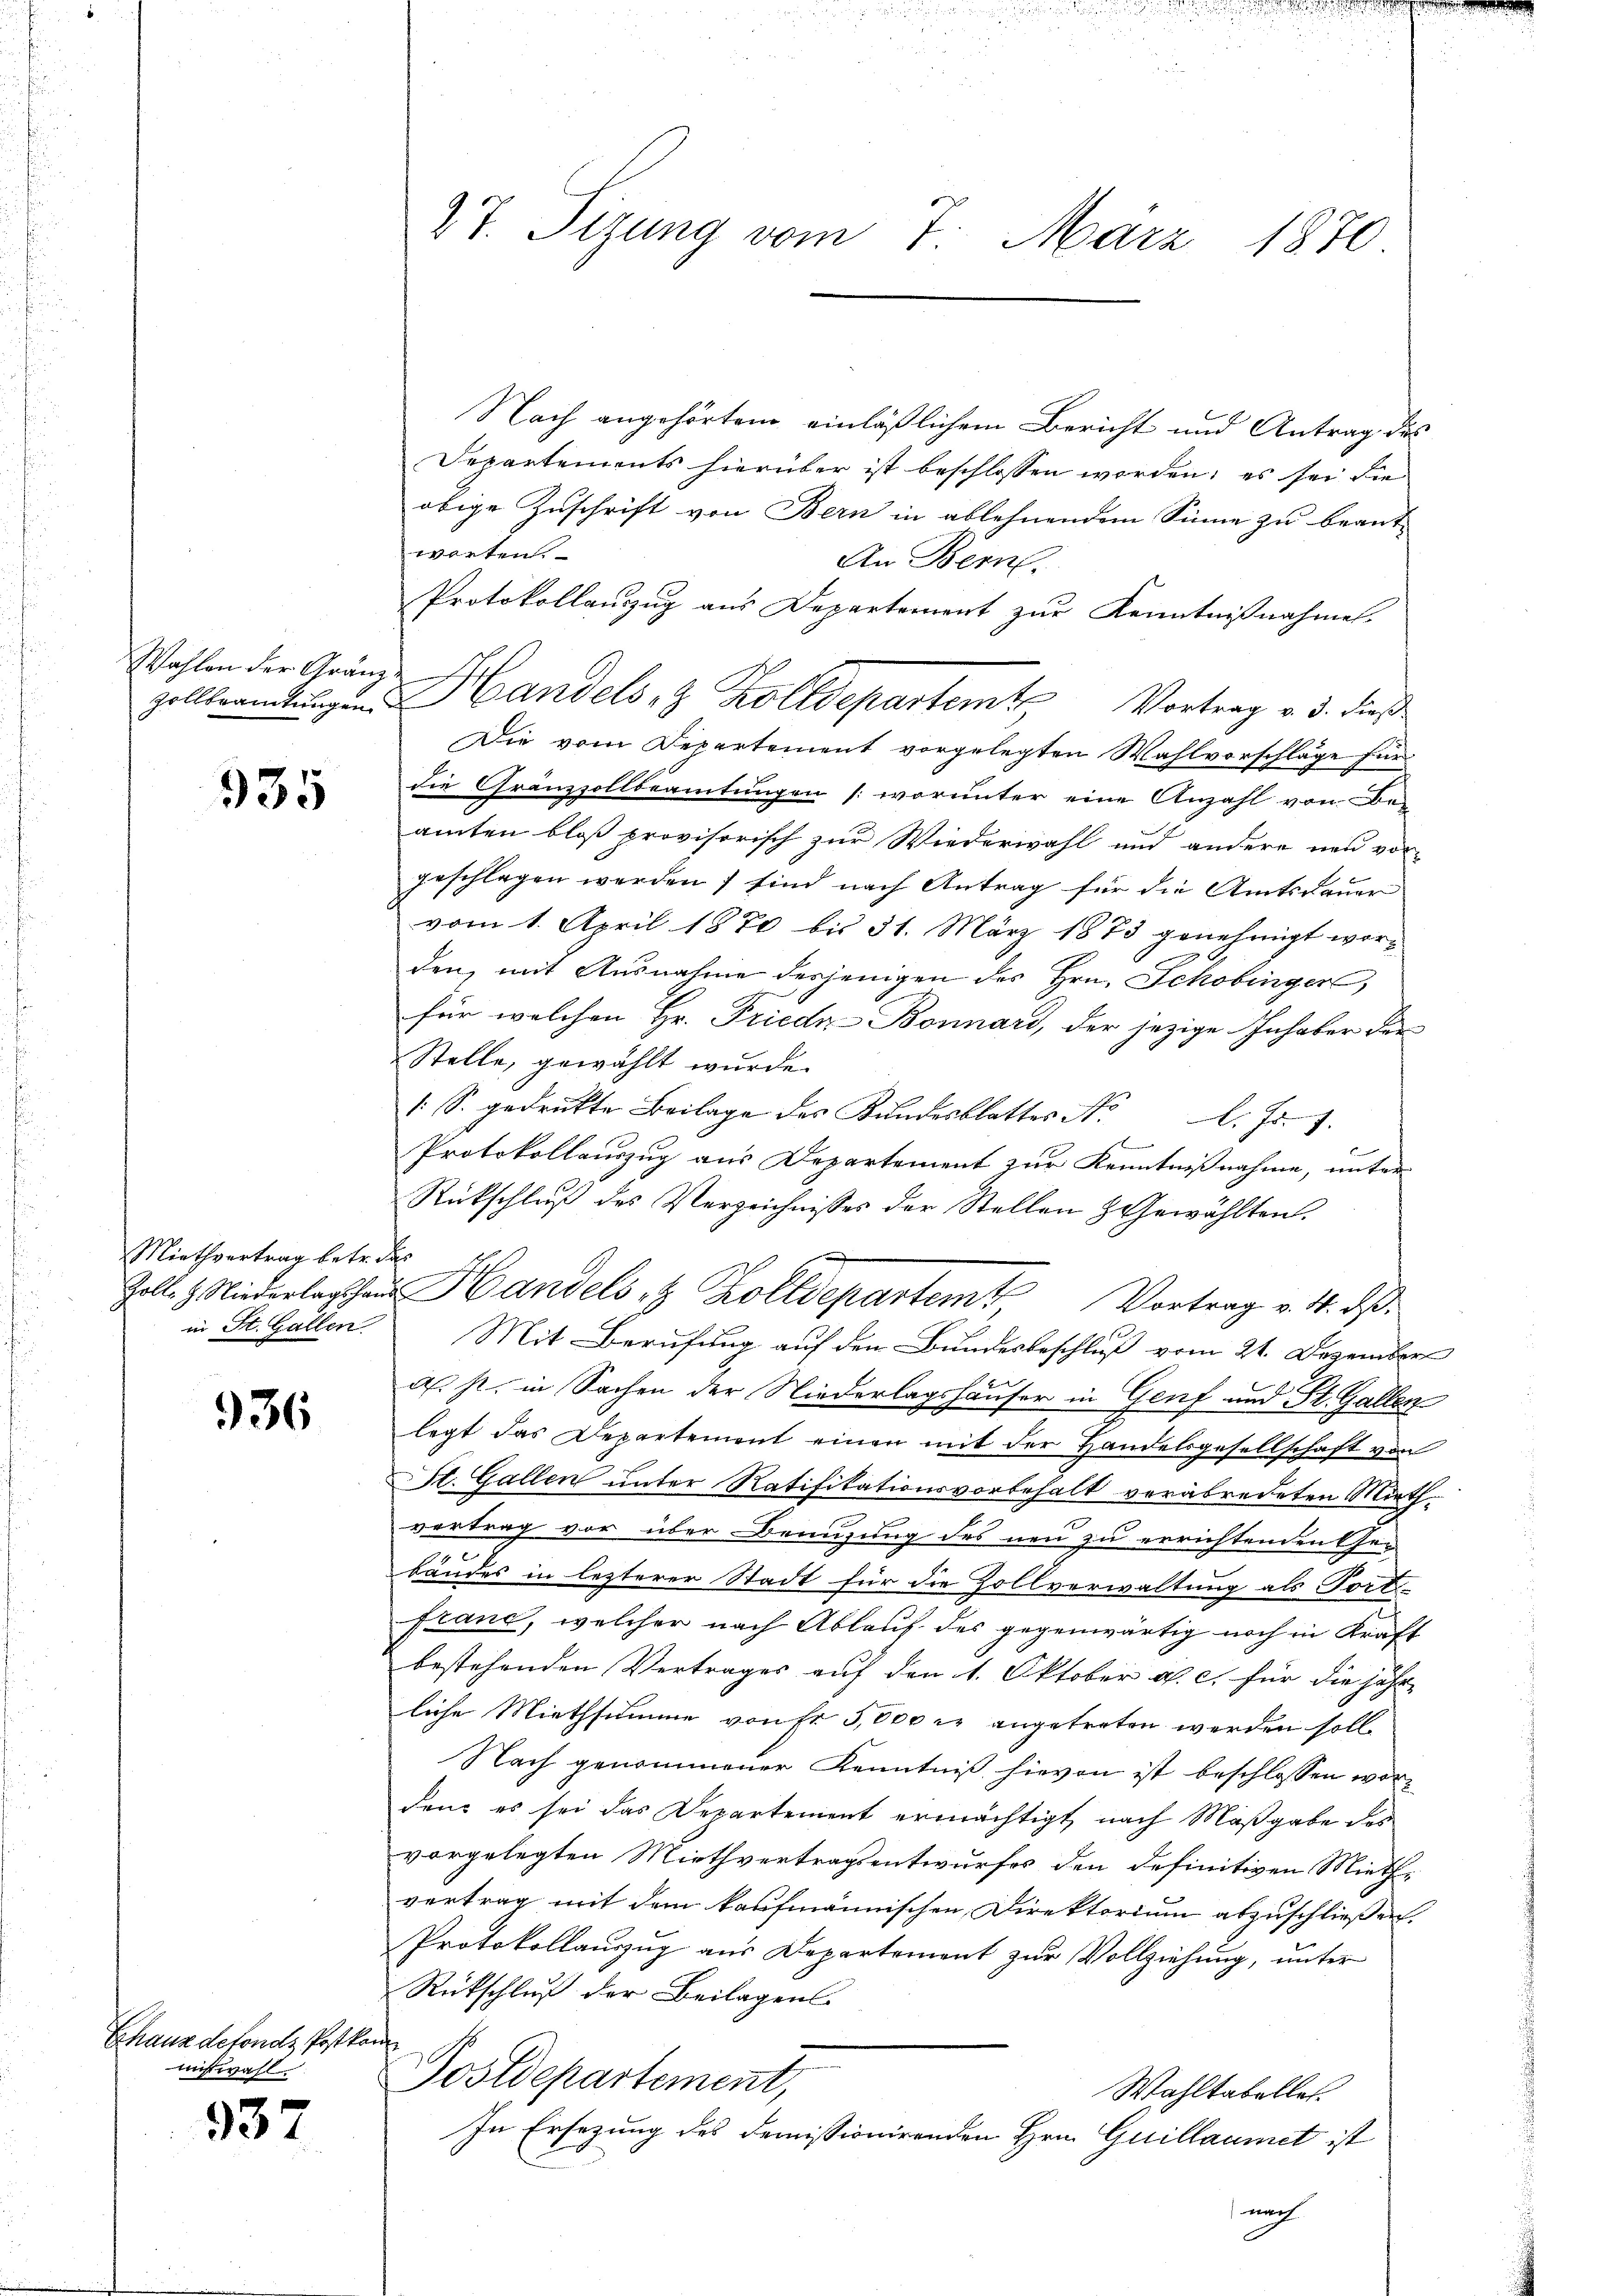
Wahlen der Gränzu

335

Miethvertrag betr. das

936

Chaus defonds Postkom
miswahl

337

Nach angehörtem einläßlichem Bericht und Antrag des
Departements hierüber ist beschlossen worden; es sei die
obige Zuschrift von Bern in ablehnendem Sinne zu beant-
worten.
An Beme
Protokollauszug aus Departement zur Kenntnißnahmen.
Die vom Departement vorgelegten Wahlvorschläge für
die Gränzzollbeamtungen (worunter eine Anzahl von Be-
amten bloß provisorisch zur Wiederwahl und andere neu vor-
geschlagen werden, sind nach Antrag für die Amtsdauer
vom 1. April 1870 bis 31. März 1873 genehmigt worden, mit Ausnahme desjenigen des Hrn. Schobinger,
für welchen Hr. Friedr-Bonnard, der jezige Inhaber der
Stelle, gewählt wurde.
/S. gedrukte Beilage des Kŭndesblattes Nr. l. Js. f.
Protokollauszug aus Departement zur Kenntnißnahme, unter
Rückschluß des Verzeichnisses der Stellen & Gewählten.
n
Zoll & Niederlagshaus Handels 8 Zolldepartemt Vortrag v. 4. ds.
in St. Gallen. Mit Berufung auf den Bundesbeschluß vom 21. Dezember
d. s. in Sachen der Niederlagshäuser in Genf und St. Gallen
legt das Departement einen mit der Handelsgesellschaft von
Sl. Gallen unter Ratifikationsvorbehalt verabredeten Miethvertrag vor über Benuzung des neu zu errichtenden Gebändes in lezterer Stadt für die Zollverwaltung als Fort-
franc, welcher nach Ablauf des gegenwärtig noch in Kraft
bestehenden Vertrages auf den 1. Oktober a. c. für die jähr
liche Miethsumme von fr 5,000 c. angetreten werden soll¬
Nach genommener Kenntniß hievon ist beschlossen worden, es sei das Departement ermächtigt nach Maßgabe des
vorgelegten Miethvertragsentwurfes den definitiven Miethvertrag mit dem kaufmännischen Direktorium abzuschließen.
Protokollauszug aus Departement zur Vollziehung, unter
Rückschluß der Beilagens
Postdepartement,
Wahltabelles.
In Ersezung des demissionirenden Hrn. Guillaumet ist
nach

27. Sizung vom 7. März 1870

Zollbrandlungen Handels- & Zolldepartem Vortrag v. 3. dieß